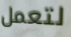
لتعمل